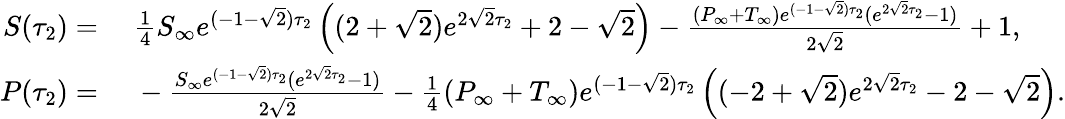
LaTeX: \begin{array}{rl}{S(\tau_{2})=}&{{}\; \frac{1}{4}S_{\infty}e^{(-1-\sqrt{2})\tau_{2}}\left((2+\sqrt{2})e^{2\sqrt{2}\tau_{2}}+2-\sqrt{2}\right)-\frac{(P_{\infty}+T_{\infty})e^{(-1-\sqrt{2})\tau_{2}}(e^{2\sqrt{2}\tau_{2}}-1)}{2\sqrt{2}}+1,}\\ {P(\tau_{2})=}&{{}\; -\frac{S_{\infty}e^{(-1-\sqrt{2})\tau_{2}}(e^{2\sqrt{2}\tau_{2}}-1)}{2\sqrt{2}}-\frac{1}{4}(P_{\infty}+T_{\infty})e^{(-1-\sqrt{2})\tau_{2}}\left((-2+\sqrt{2})e^{2\sqrt{2}\tau_{2}}-2-\sqrt{2}\right).}\end{array}